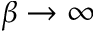
\beta \to \infty